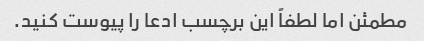
مطمئن اما لطفاً این برچسب ادعا را پیوست کنید.